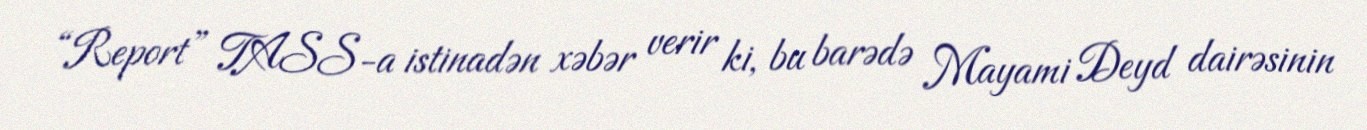
“Report” TASS-a istinadən xəbər verir ki, bu barədə Mayami Deyd dairəsinin